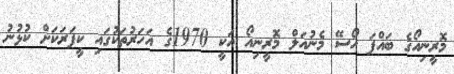
މޮރީނިއޯގެ ބައްޕަ ހޯސޭ މެނުއަލް މޮރީނިއޯ އަކީ 1970ގެ އަހަރުތަކުގައި ކީޕަރަކަށް ކުޅުނު